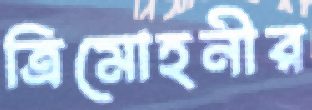
ত্রিমোহনীর